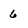
Character: 6